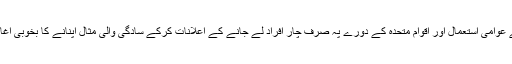
آپ نے قیمتی کاریں نیلام کرنے، وزیراعظم ہاوس میں نہ رہنے، گورنر ہاوس کے عوامی استعمال اور اقوام متحدہ کے دورے پہ صرف چار افراد لے جانے کے اعلانات کرکے سادگی والی مثال اپنانے کا بخوبی آغاز کردیا ہے اور امید واثق ہے کہ آپ ان قابل تعریف اقدامات کو جاری رکھیں گے۔